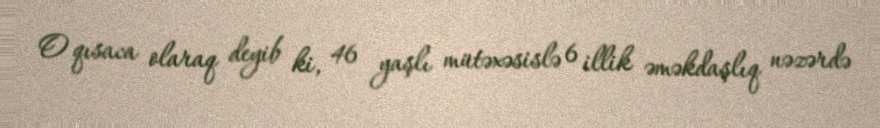
O qısaca olaraq deyib ki, 46 yaşlı mütəxəsislə 6 illik əməkdaşlıq nəzərdə